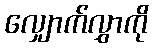
လျှောက်လွှာကို